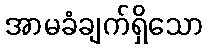
အာမခံချက်ရှိသော